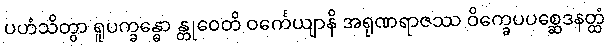
ပဟံသိတွာ ရူပက္ခန္ဓော န္တုဝေတိ ဝင်္ကေယျာနိ အရုဏရာဇဿ ဝိက္ခေပပစ္ဆေဒနတ္ထံ